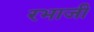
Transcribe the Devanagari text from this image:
रभाजी